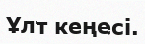
Ұлт кеңесі.